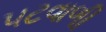
પટવાળી